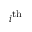
i ^ { \mathrm { t h } }